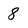
Character: 8